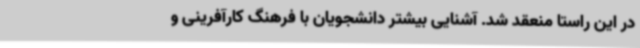
در این راستا منعقد شد. آشنایی بیشتر دانشجویان با فرهنگ کارآفرینی و